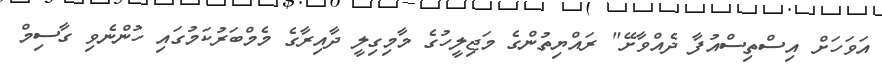
އަވަހަށް އިސްތިސްއުފާ ދެއްވާށޭ" ރައްޔިތުންގެ މަޖިލީހުގެ މާމިގިލީ ދާއިރާގެ މެމްބަރުކަމުގައި ހުންނެވި ގާސިމް